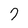
Character: 7